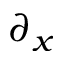
\partial _ { x }